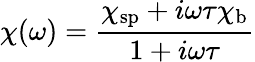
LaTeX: \chi(\omega)={\frac{\chi_{\mathrm{sp}}+i\omega\tau\chi_{\mathrm{b}}}{1+i\omega\tau}}